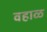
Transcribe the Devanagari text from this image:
वहाळ